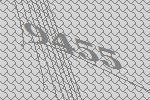
9455